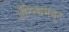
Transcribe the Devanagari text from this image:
अँटिल्समधून